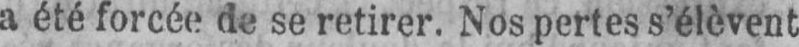
a été forcée de se retirer. Nos pertes s’élèvent